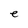
Character: e